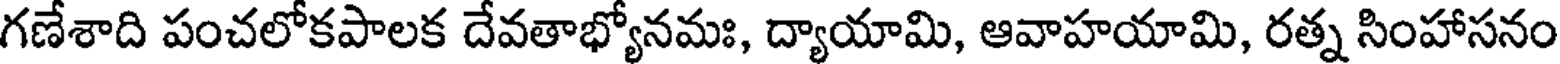
గణేశాది పంచలోకపాలక దేవతాభ్యోనమః, ద్యాయామి, ఆవాహయామి, రత్న సింహాసనం